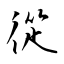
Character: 從